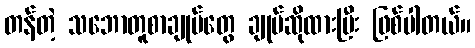
တန်တဲ့ သဘောတူစာချုပ်တွေ ချုပ်ဆိုထားပြီး ဖြစ်ပါတယ်။